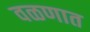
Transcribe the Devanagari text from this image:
वळणात